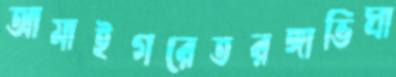
আমাইগরেতরঙ্গাভিঘা